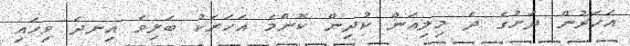
އަހަރުން ދަށުގެ ދެ މިލިއަން ކުދިން ކޮންމެ އަހަރަކު ބަލިވެ އިނދެ ވިހައި